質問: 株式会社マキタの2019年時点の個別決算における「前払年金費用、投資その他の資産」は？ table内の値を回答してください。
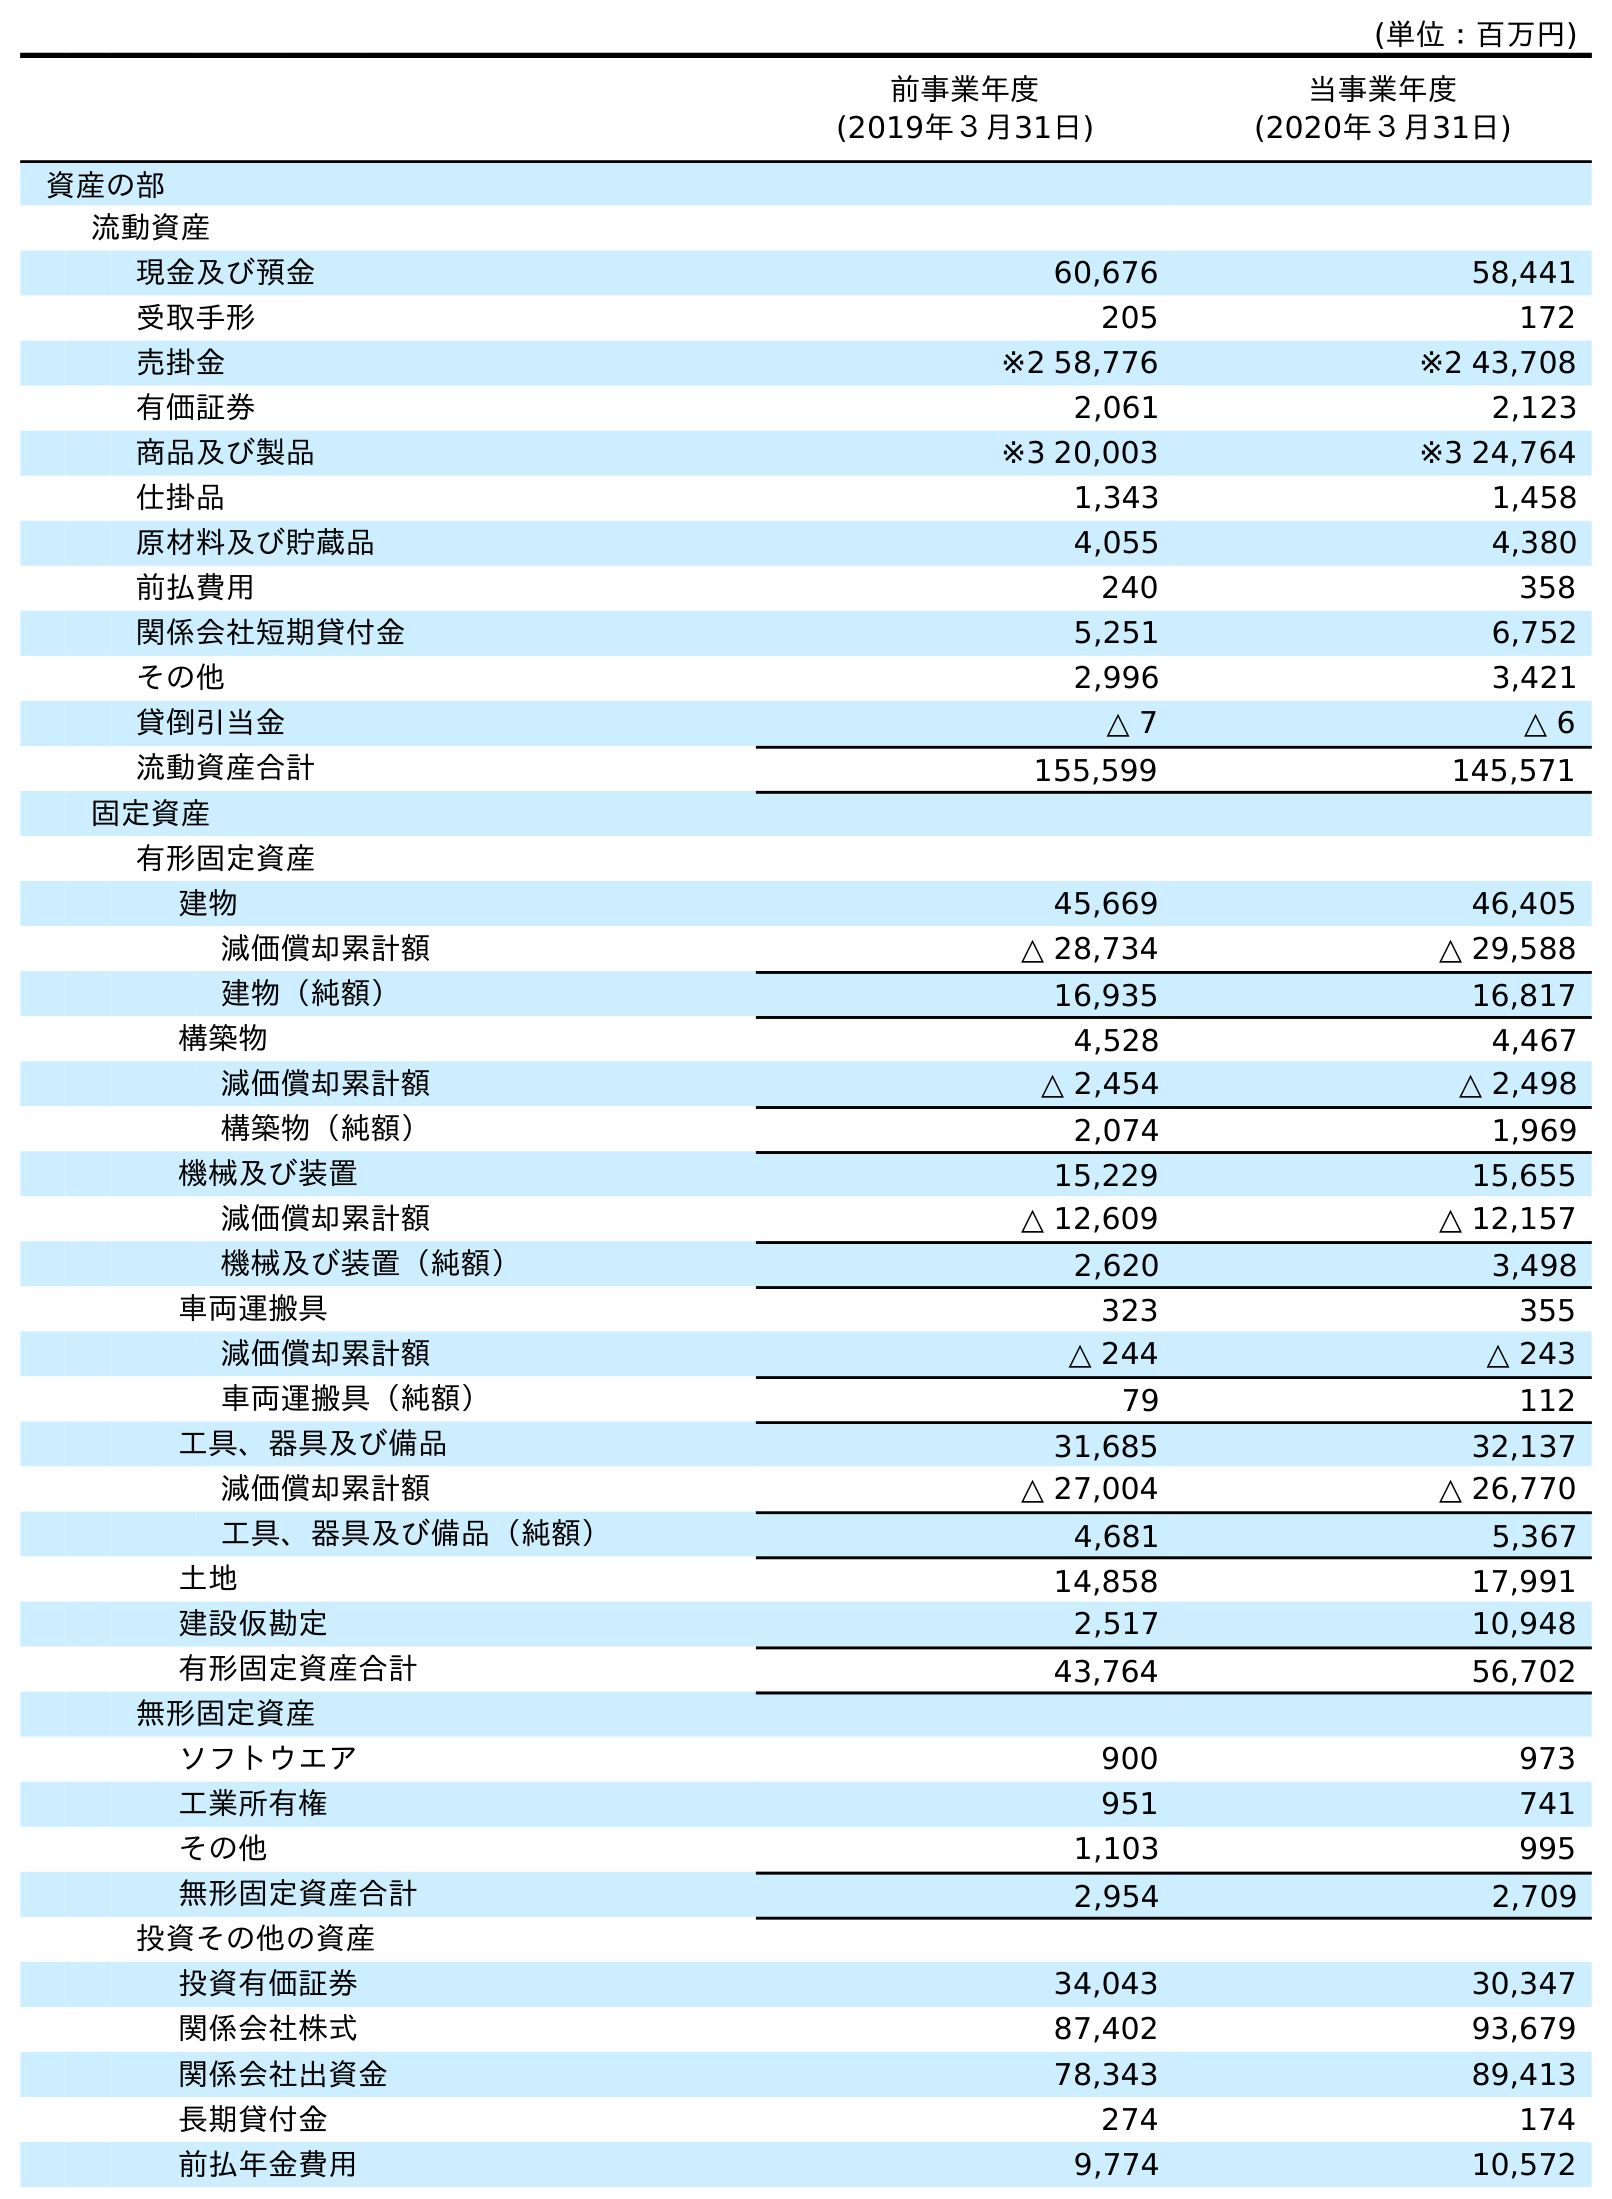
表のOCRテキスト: (単位：百万円) 前事業年度 (2019年３月31日) 当事業年度 (2020年３月31日) 資産の部 流動資産 現金及び預金 60,676 58,441 受取手形 205 172 売掛金 ※2 58,776 ※2 43,708 有価証券 2,061 2,123 商品及び製品 ※3 20,003 ※3 24,764 仕掛品 1,343 1,458 原材料及び貯蔵品 4,055 4,380 前払費用 240 358 関係会社短期貸付金 5,251 6,752 その他 2,996 3,421 貸倒引当金 △ 7 △ 6 流動資産合計 155,599 145,571 固定資産 有形固定資産 建物 45,669 46,405 減価償却累計額 △ 28,734 △ 29,588 建物（純額） 16,935 16,817 構築物 4,528 4,467 減価償却累計額 △ 2,454 △ 2,498 構築物（純額） 2,074 1,969 機械及び装置 15,229 15,655 減価償却累計額 △ 12,609 △ 12,157 機械及び装置（純額） 2,620 3,498 車両運搬具 323 355 減価償却累計額 △ 244 △ 243 車両運搬具（純額） 79 112 工具、器具及び備品 31,685 32,137 減価償却累計額 △ 27,004 △ 26,770 工具、器具及び備品（純額） 4,681 5,367 土地 14,858 17,991 建設仮勘定 2,517 10,948 有形固定資産合計 43,764 56,702 無形固定資産 ソフトウエア 900 973 工業所有権 951 741 その他 1,103 995 無形固定資産合計 2,954 2,709 投資その他の資産 投資有価証券 34,043 30,347 関係会社株式 87,402 93,679 関係会社出資金 78,343 89,413 長期貸付金 274 174 前払年金費用 9,774 10,572
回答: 9,774